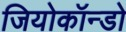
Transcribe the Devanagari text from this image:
जियोकॉन्डो